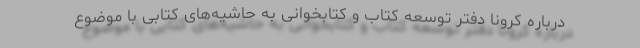
درباره کرونا دفتر توسعه کتاب و کتابخوانی به حاشیه‌های کتابی با موضوع